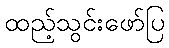
ထည့်သွင်းဖော်ပြ